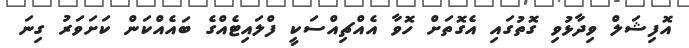
އޮފިޝަލް ވިދާޅުވި ގޮތުގައި އެގޮތަށް ހޮވާ އެއްޗިއްސަކީ ފްލައިޓެއްގެ ބައެއްކަން ކަށަވަރު ގިނަ